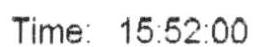
TIME: 15:52:00